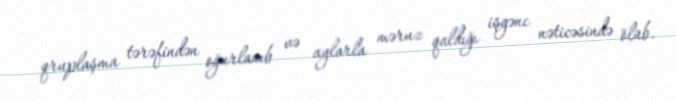
qruplaşma tərəfindən oğurlanıb və aylarla məruz qaldığı işgənc nəticəsində ölüb.